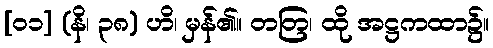
[၀၁] (နိ၊ ၃၈) ဟိ၊ မှန်၏။ တတြ၊ ထို အဋ္ဌကထာ၌။